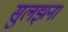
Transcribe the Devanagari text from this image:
सुलझना